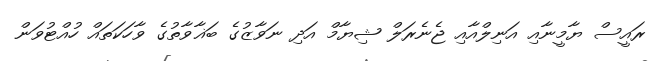
ރައީސް ޔާމީނާއި އަނިލްއާއި ޖެނެރަލް ޝިޔާމް އަދި ނަވާޒުގެ ބަޣާވާތުގެ ވާހަކަތައް ހުއްޓުވަން